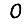
Digit: 0